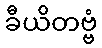
ခီယိတဗ္ဗံ